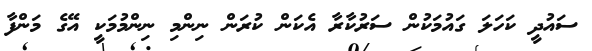
ސައުދީ ކަހަލަ ގައުމަކުން ސަރުކާރާ އެކަން ކުރަން ނިންމި ނިންމުމަކީ އޭގެ މަންފާ